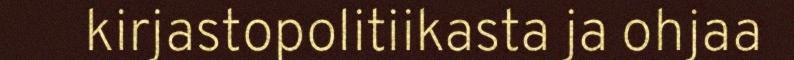
kirjastopolitiikasta ja ohjaa